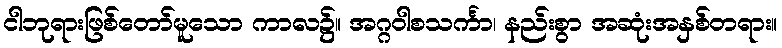
ငါဘုရားဖြစ်တော်မူသော ကာလ၌။ အဂ္ဂဝါစသင်္ကာ၊ နည်းစွာ အဆုံးအနှစ်တရား။